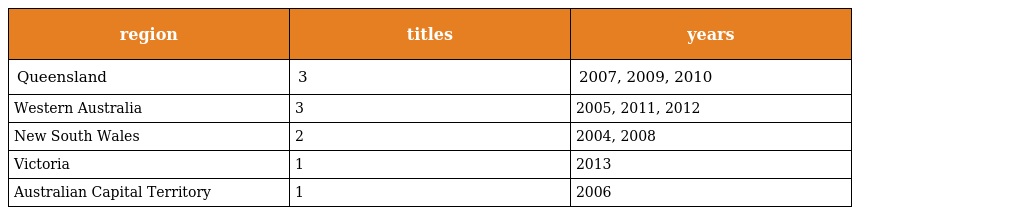
| region | titles | years |
 | --- | --- | --- |
 | Queensland | 3 | 2007, 2009, 2010 |
 | Western Australia | 3 | 2005, 2011, 2012 |
 | New South Wales | 2 | 2004, 2008 |
 | Victoria | 1 | 2013 |
 | Australian Capital Territory | 1 | 2006 |